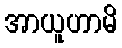
အာယူဟာမိ